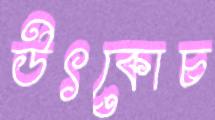
উৎকোচ